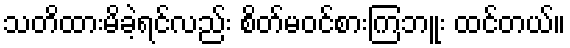
သတိထားမိခဲ့ရင်လည်း စိတ်မဝင်စားကြဘူး ထင်တယ်။